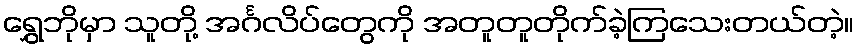
ရွှေဘိုမှာ သူတို့ အင်္ဂလိပ်တွေကို အတူတူတိုက်ခဲ့ကြသေးတယ်တဲ့။